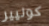
كوليير